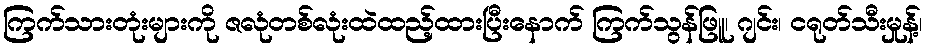
ကြက်သားတုံးများကို ဇလုံတစ်လုံးထဲထည့်ထားပြီးနောက် ကြက်သွန်ဖြူ၊ ဂျင်း၊ ငရုတ်သီးမှုန့်၊